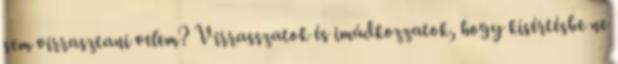
sem virrasztani velem? Virrasszatok és imádkozzatok, hogy kísértésbe ne